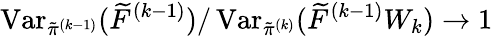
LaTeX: \operatorname{Var}_{\tilde{\pi}^{(k-1)}}(\widetilde{F}^{(k-1)})/\operatorname{Var}_{\tilde{\pi}^{(k)}}(\widetilde{F}^{(k-1)}W_{k})\to 1